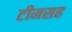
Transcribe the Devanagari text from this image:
टीमसह